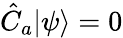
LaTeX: {\hat{C}}_{a}\vert\psi\rangle=0